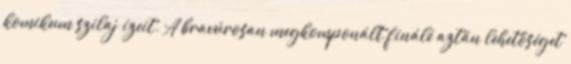
komikum szilaj ízeit. A bravúrosan megkomponált finálé aztán lehetőséget